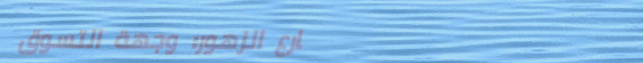
شارع الزهور: وجهة التسوق